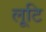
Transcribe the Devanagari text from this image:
लूटि